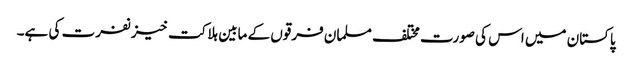
پاکستان میں اس کی صورت مختلف مسلمان فرقوں کے مابین ہلاکت خیز نفرت کی ہے۔